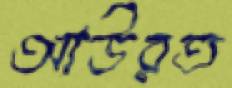
আউরত